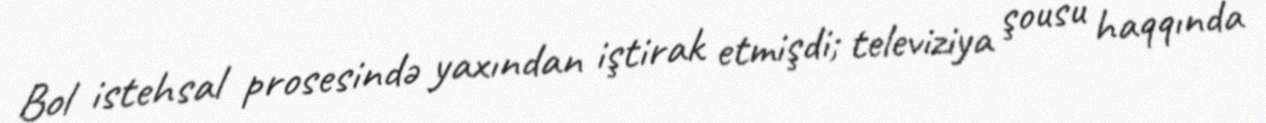
Bol istehsal prosesində yaxından iştirak etmişdi; televiziya şousu haqqında